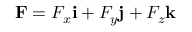
\mathbf { F } = F _ { x } \mathbf { i } + F _ { y } \mathbf { j } + F _ { z } \mathbf { k }